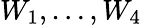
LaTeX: W_{1},\dots,W_{4}